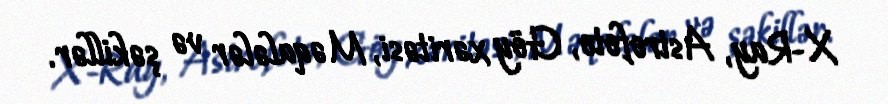
X-Ray, Astrofoto, Göy xəritəsi, Məqalələr və şəkillər.